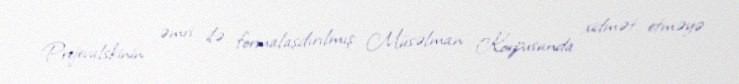
Prejevalskinin əmri ilə formalaşdırılmış Müsəlman Korpusunda xidmət etməyə